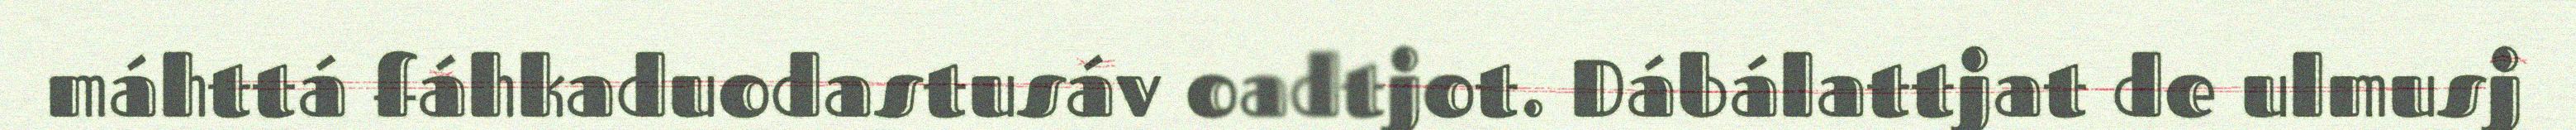
máhttá fáhkaduodastusáv oadtjot. Dábálattjat de ulmusj